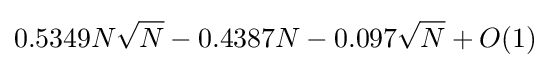
0.5349N{\sqrt {N}}-0.4387N-0.097{\sqrt {N}}+O(1)